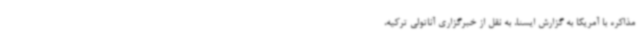
مذاکره با آمریکا به گزارش ایسنا، به نقل از خبرگزاری آناتولی ترکیه،